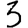
Digit: 3